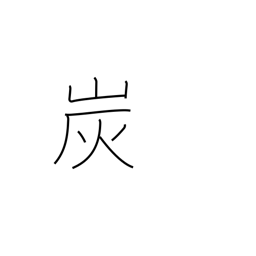
Meaning: charcoal